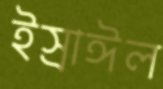
ইস্রাঈল